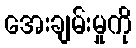
အေးချမ်းမှုကို